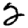
Digit: 2